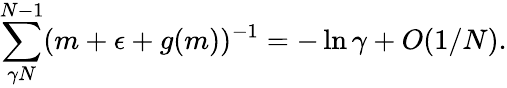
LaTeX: \sum_{\gamma N}^{N-1}(m+\epsilon+g(m))^{-1}=-\ln\gamma+O(1/N).